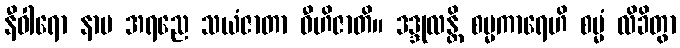
နီဝါရော နာမ အရညေ သယံဇာတာ ဝီဟိဇာတိ။ ဒဒ္ဒုလန္တိ စမ္မကာရေဟိ စမ္မံ လိခိတွာ